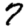
Digit: 7